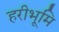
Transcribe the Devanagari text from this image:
हरीभूमि